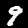
Digit: 9